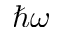
\hbar \omega